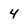
Character: 4